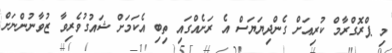
މި ޕްރޮގްރާމް ކުރިއަށް ގެންދިޔަޔަސް އެ ރަށެއްގައި ތިބި އެކަމަށް ޝައުގުވެރިވާ ޒުވާނުންނަށް